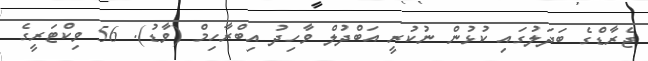
ޖެރާޑްގެ ބަދަލުގައި ކުޅުން ނުކުރީ އަބްދުލް ވާހިދު އިބްރާހިމް (ވާޑު). 56 ވިކްޓަރީގެ